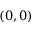
( 0 , 0 )